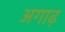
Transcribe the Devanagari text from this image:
अगाढ़